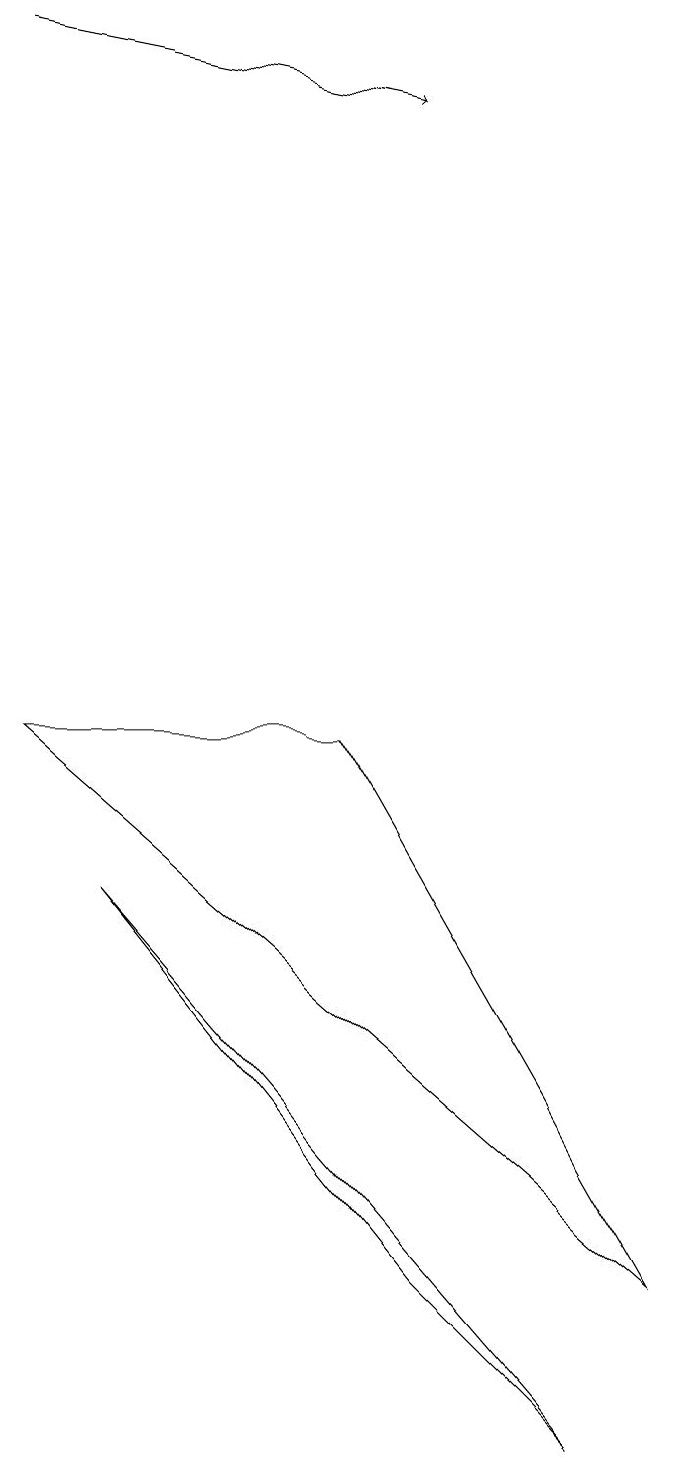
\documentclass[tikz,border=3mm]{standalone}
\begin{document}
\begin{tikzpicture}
\draw (5,2) -- (7,0) -- (1,7) -- cycle;
\draw[->] (0,18) -- (5,17);
\draw (8,2) -- (4,9) -- (0,9) -- cycle;
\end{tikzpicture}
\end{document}